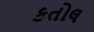
કતોલ